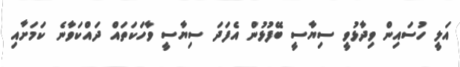
އަލީ ހުސައިން ވިދާޅުވީ ސިޔާސީ ބޭފުޅުން އެފަދަ ސިޔާސީ ވާހަކަތައް ދައްކަވާނެ ކަމަށާއި